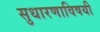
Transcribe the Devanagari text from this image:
सुधारणाविषयी